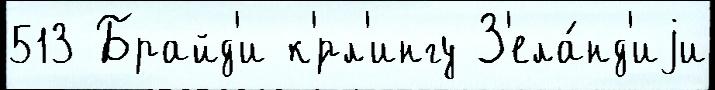
513 Брайд'и к'́рл'ингу З'ела́нд'иjи